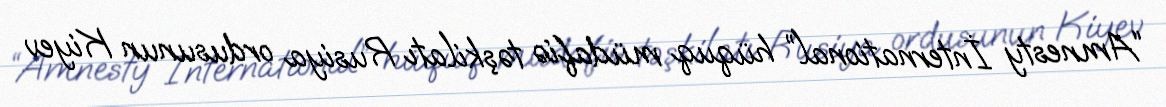
“Amnesty İnternational” hüquq müdafiə təşkilatı Rusiya ordusunun Kiyev